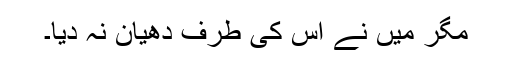
مگر میں نے اس کی طرف دھیان نہ دیا۔